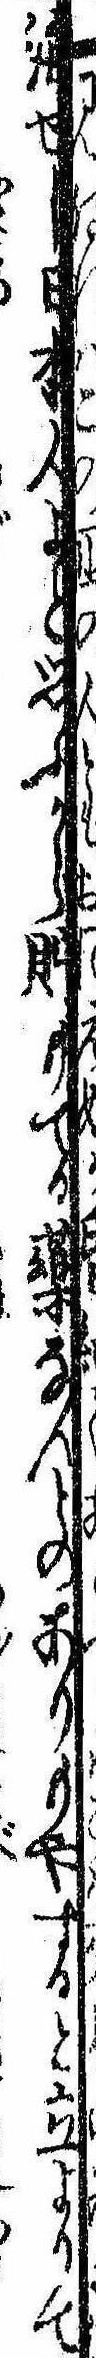
海せし日本人よと思ふから貯もてる薬なんどのありもやすると立よりて